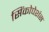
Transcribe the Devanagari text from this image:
सिंकोपेशंस